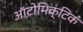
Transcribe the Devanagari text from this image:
ऑटोमिक्टिक